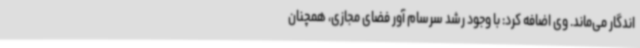
اندگار می‌ماند. وی اضافه کرد: با وجود رشد سرسام آور فضای مجازی، همچنان